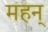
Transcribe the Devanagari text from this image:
महन्